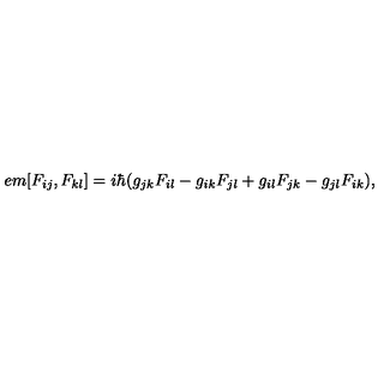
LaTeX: \hspace { 5 e m } [ F _ { i j } , F _ { k l } ] = i \hbar ( g _ { j k } F _ { i l } - g _ { i k } F _ { j l } + g _ { i l } F _ { j k } - g _ { j l } F _ { i k } ) ,